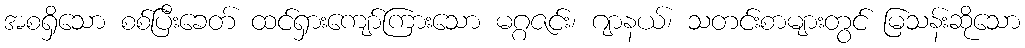
အစရှိသော စစ်ပြီးခေတ် ထင်ရှားကျော်ကြားသော မဂ္ဂဇင်း၊ ဂျာနယ်၊ သတင်းစာများတွင် မြသန်းဆိုသော